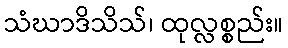
သံဃာဒိသိသ်၊ ထုလ္လစ္စည်း။